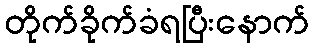
တိုက်ခိုက်ခံရပြီးနောက်